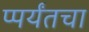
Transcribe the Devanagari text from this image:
प्पर्यंतचा